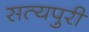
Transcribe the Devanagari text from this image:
सत्यपुरी